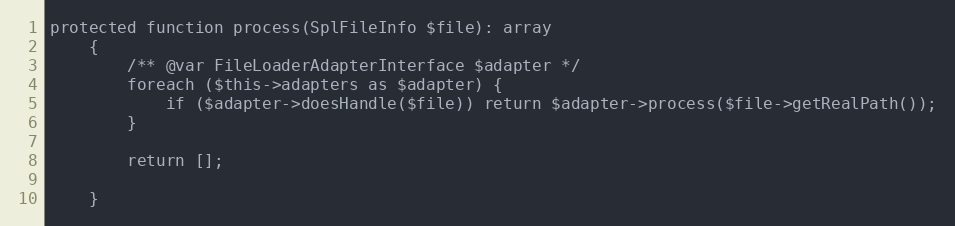
Language: PHP
protected function process(SplFileInfo $file): array
    {
        /** @var FileLoaderAdapterInterface $adapter */
        foreach ($this->adapters as $adapter) {
            if ($adapter->doesHandle($file)) return $adapter->process($file->getRealPath());
        }

        return [];

    }